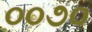
૦૦૭૦